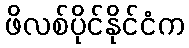
ဖိလစ်ပိုင်နိုင်ငံက